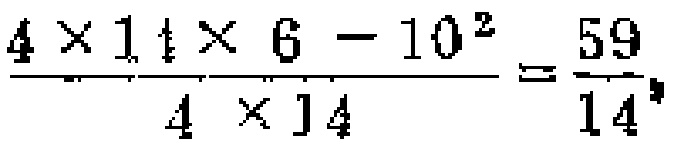
\frac{4\times14\times 6 - 10^{2}}{4\times14}=\frac{59}{14}